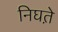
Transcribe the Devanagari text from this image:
निघत़े